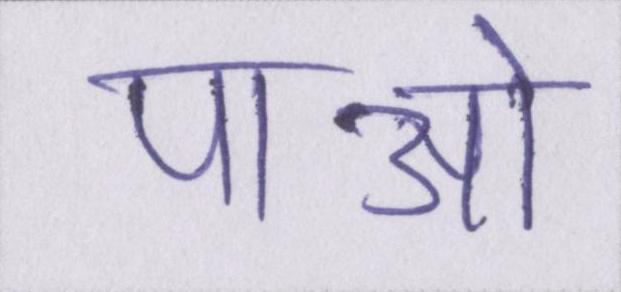
पाओ